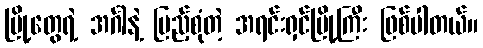
မြို့တွေရဲ့ အင်္ဂါနဲ့ ပြည့်စုံတဲ့ အရင်းရှင်မြို့ကြီး ဖြစ်ပါတယ်။